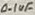
Text: 0.1uF